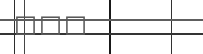
١٠٦